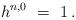
LaTeX: \begin{align*} h^{n,0} \ = \ 1 \,.\end{align*}